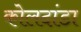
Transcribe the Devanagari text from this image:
कोलदांडा